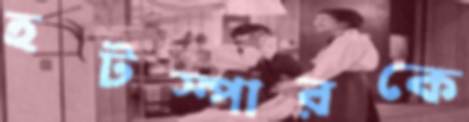
হটস্পারকে